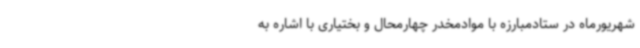
شهریورماه در ستادمبارزه با موادمخدر چهارمحال و بختیاری با اشاره به